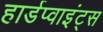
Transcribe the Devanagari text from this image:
हार्डप्वाइंट्स